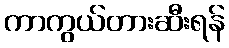
ကာကွယ်တားဆီးရန်